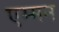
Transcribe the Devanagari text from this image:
एम्मन